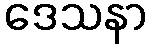
ဒေသနာ